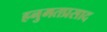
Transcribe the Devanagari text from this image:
हनुमतप्रसाद